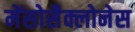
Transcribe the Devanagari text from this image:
मेंसोसैक्लोनेस